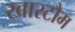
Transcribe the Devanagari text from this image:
खारटौम